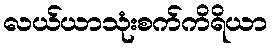
လယ်ယာသုံးစက်ကိရိယာ